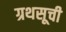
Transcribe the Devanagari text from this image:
ग्रथसूची